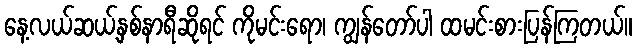
နေ့လယ်ဆယ့်နှစ်နာရီဆိုရင် ကိုမင်းရော၊ ကျွန်တော်ပါ ထမင်းစားပြန်ကြတယ်။